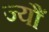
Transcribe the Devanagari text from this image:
ज्‍यौं